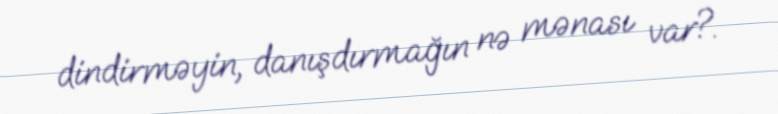
dindirməyin, danışdırmağın nə mənası var?.